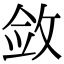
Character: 敛